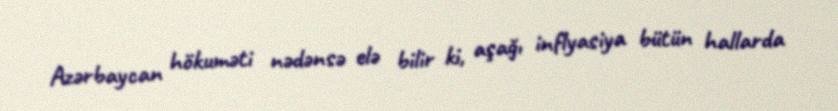
Azərbaycan hökuməti nədənsə elə bilir ki, aşağı inflyasiya bütün hallarda